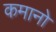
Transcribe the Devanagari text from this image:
कमानो